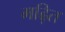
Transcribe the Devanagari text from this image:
मढ़ित